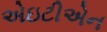
એઇટીએન